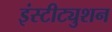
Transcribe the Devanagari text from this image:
इंस्टीट्युशन